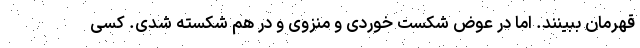
قهرمان ببینند. اما در عوض شکست خوردی و منزوی و در هم شکسته شدی. کسی